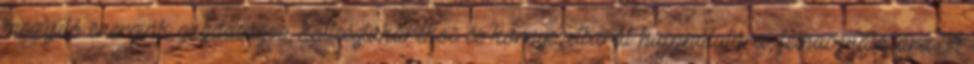
megújuló energiák gazdaságos, költségtakarékos és környezetbarát használatára, felhasználására. A